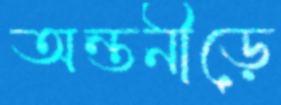
অন্তনীড়ে